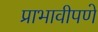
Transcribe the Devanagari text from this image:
प्राभावीपणे